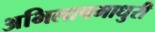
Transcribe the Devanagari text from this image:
अभिलाषमाधुरी